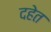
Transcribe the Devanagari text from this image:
दहेत